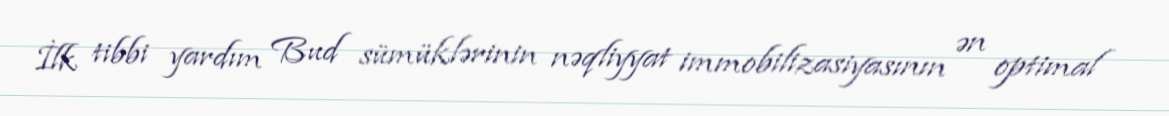
İlk tibbi yardım Bud sümüklərinin nəqliyyat immobilizasiyasının ən optimal